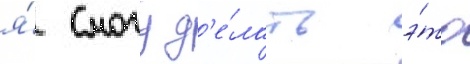
я́ смогу д'е́лать э́то